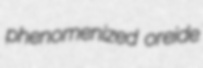
phenomenized oreide